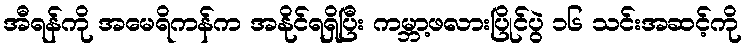
အီရန်ကို အမေရိကန်က အနိုင်ရရှိပြီး ကမ္ဘာ့ဖလားပြိုင်ပွဲ ၁၆ သင်းအဆင့်ကို